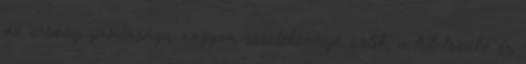
az ország gazdasága nagyon sérülékennyé válik, a hitelszűke és